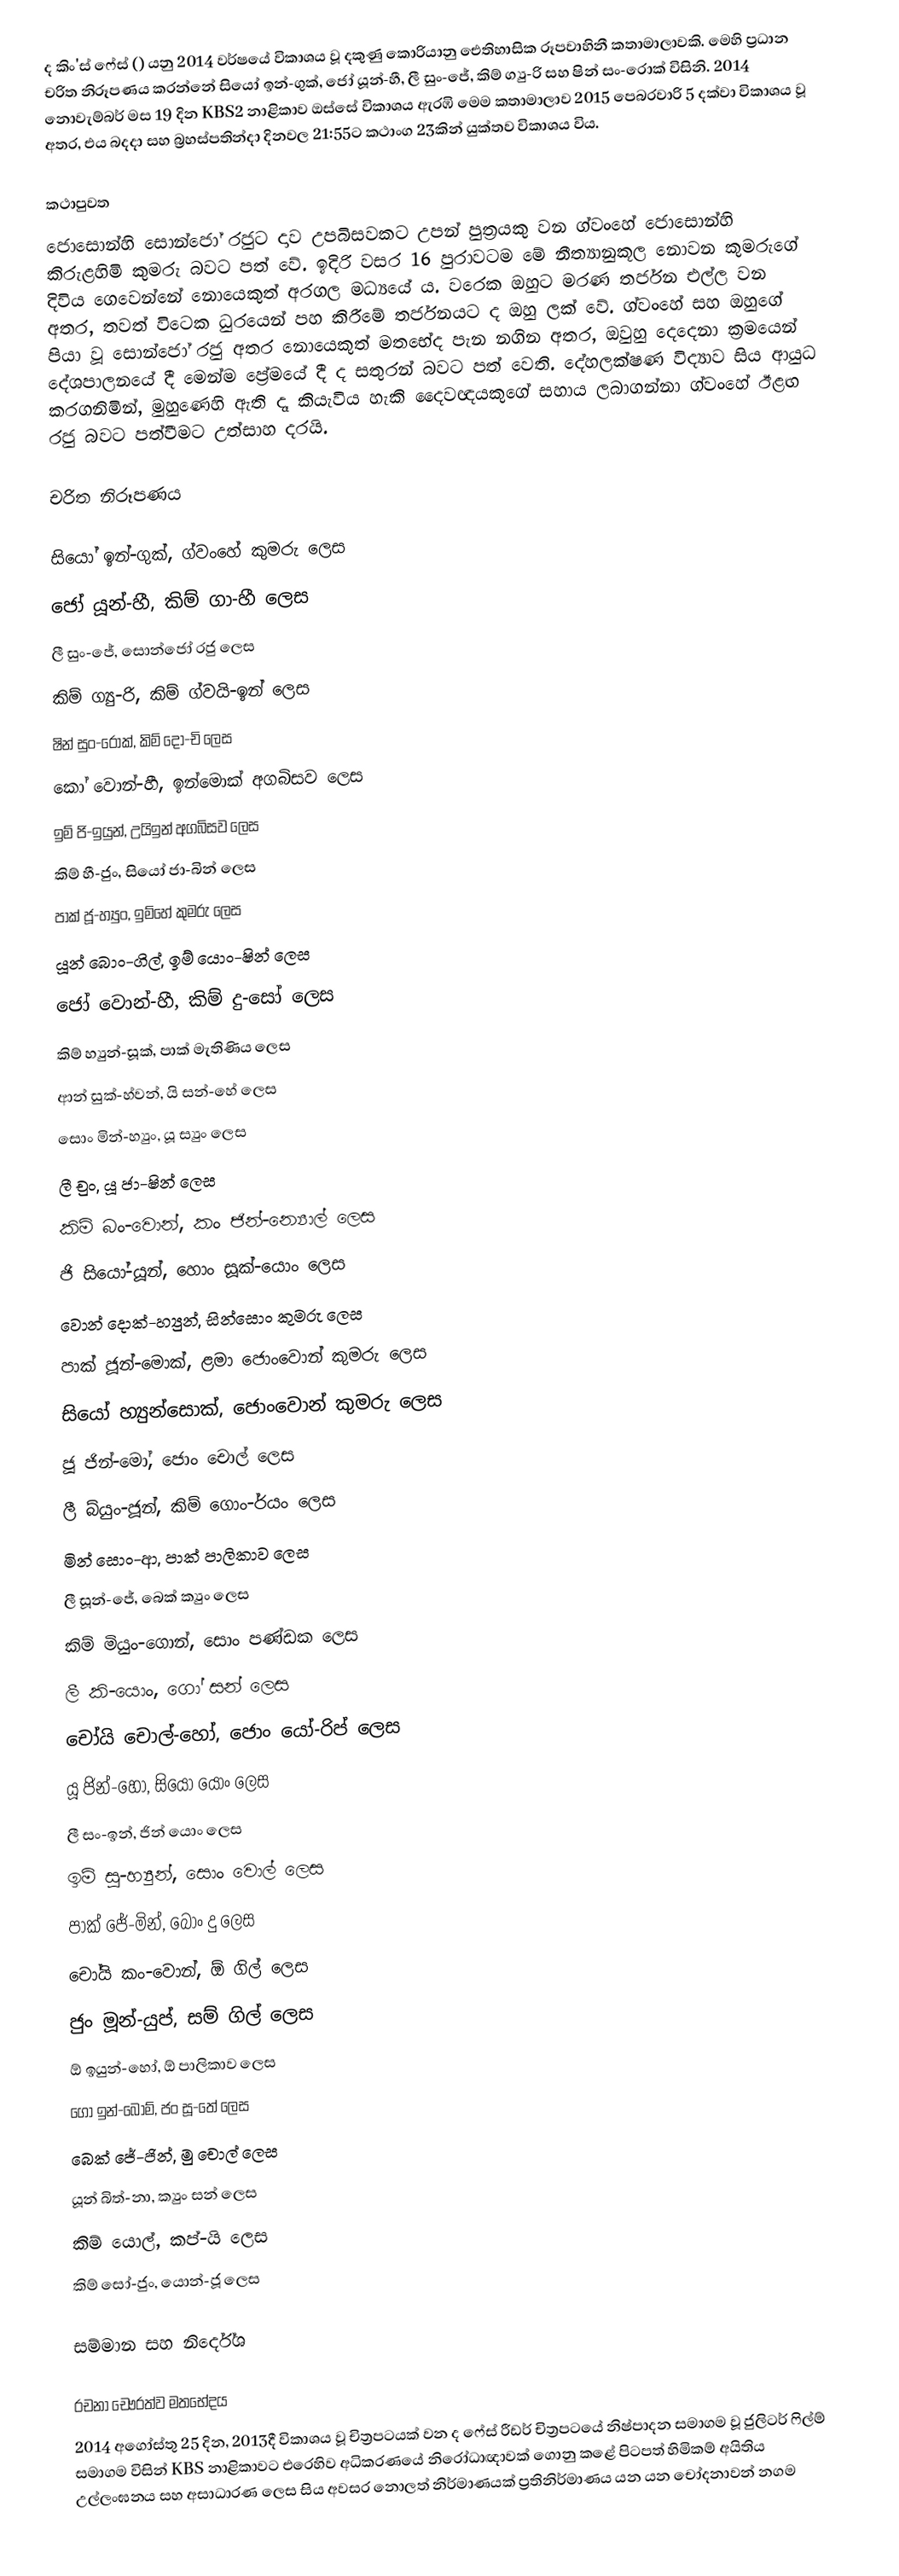
ද කිං'ස් ෆේස් () යනු 2014 වර්ෂයේ විකාශය වූ දකුණු කොරියානු ඓතිහාසික රූපවාහිනී කතාමාලාවකි.‍ මෙහි ප්‍රධාන චරිත නිරූපණය කරන්නේ සියෝ ඉන්-ගුක්, ජෝ යූන්-හී, ලී සුං-ජේ, කිම් ග්‍යු-රි සහ ෂින් සං-රොක් විසිනි. 2014 නොවැම්බර් මස 19 දින KBS2 නාළිකාව ඔස්සේ විකාශය ඇරඹි මෙම කතාමාලාව 2015 පෙබරවාරි 5 දක්වා විකාශය වූ අතර, එය බදදා සහ බ්‍රහස්පතින්දා දිනවල 21:55ට කථාංග 23කින් යුක්තව විකාශය විය.

කථාපුවත
ජොසොන්හි සොන්ජෝ රජුට දාව උපබිසවකට උපන් පුත්‍රයකු වන ග්වංහේ ජොසොන්හි කිරුළහිමි කුමරු බවට පත් වේ. ඉදිරි වසර 16 පුරාවටම මේ නීත්‍යානුකූල නොවන කුමරුගේ දිවිය ගෙවෙන්නේ නොයෙකුත් අරගල මධ්‍යයේ ය. වරෙක ඔහුට මරණ තර්ජන එල්ල වන අතර, තවත් විටෙක ධුරයෙන් පහ කිරීමේ තර්ජනයට ද ඔහු ලක් වේ. ග්වංහේ සහ ඔහුගේ පියා වූ සොන්ජෝ රජු අතර නොයෙකුත් මතභේද පැන නගින අතර, ඔවුහු දෙදෙනා ක්‍රමයෙන් දේශපාලනයේ දී මෙන්ම ප්‍රේමයේ දී ද සතුරන් බවට පත් වෙති. දේහලක්ෂණ විද්‍යාව සිය ආයුධ කරගනිමින්, මුහුණෙහි ඇති දෑ කියැවිය හැකි දෛවඥයකුගේ සහාය ලබාගන්නා ග්වංහේ ඊළඟ රජු බවට පත්වීමට උත්සාහ දරයි.

චරිත නිරූපණය

සියෝ ඉන්-ගුක්, ග්වංහේ කුමරු ලෙස
ජෝ යූන්-හී, කිම් ගා-හී ලෙස
ලී සුං-ජේ, සොන්ජෝ රජු ලෙස
කිම් ග්‍යු-රි, කිම් ග්වයි-ඉන් ලෙස
ෂින් සුං-රොක්, කිම් දෝ-චි ලෙස
කෝ වොන්-හී, ඉන්මොක් අගබිසව ලෙස
ඉම් ජි-ඉයුන්, උයිඉන් අගබිසව ලෙස
කිම් හී-ජුං, සියෝ ජා-බින් ලෙස
පාක් ජූ-හ්‍යුං, ඉම්හේ කුමරු ලෙස
යූන් බොං-ගිල්, ඉම් යොං-ෂින් ලෙස
ජෝ වොන්-හී, කිම් දු-සෝ ලෙස
කිම් හ්‍යුන්-සූක්, පාක් මැතිණිය ලෙස
ආන් සුක්-හ්වන්, යි සන්-හේ ලෙස
සොං මින්-හ්‍යුං, යූ ස්‍යුං ලෙස
ලී චුං, යූ ජා-ෂින් ලෙස
කිම් බං-වොන්, කං ජින්-න්‍යොල් ලෙස
ජි සියෝ-යූන්, හොං සූක්-යොං ලෙස
වොන් දොක්-හ්‍යුන්, සින්සොං කුමරු ලෙස
පාක් ජූන්-මොක්, ළමා ජොංවොන් කුමරු ලෙස
සියෝ හ්‍යුන්සොක්, ජොංවොන් කුමරු ලෙස
ජූ ජින්-මෝ, ජොං චොල් ලෙස
ලී බ්යුං-ජූන්, කිම් ගොං-ර්යං ලෙස
මින් සොං-ආ, පාක් පාලිකාව ලෙස
ලී සූන්-ජේ, බෙක් ක්‍යුං ලෙස
කිම් මියුං-ගොන්, සොං පණ්ඩක ලෙස
ලී කි-යොං, ගෝ සන් ලෙස
චෝයි චොල්-හෝ, ජොං යෝ-රිප් ලෙස
යූ ජින්-හෝ, සියෝ යොං ලෙස
ලී සං-ඉන්, ජින් යොං ලෙස
ඉම් සූ-හ්‍යුන්, සොං වොල් ලෙස
පාක් ජේ-මින්, බොං දු ලෙස
චෝයි කං-වොන්, ඕ ගිල් ලෙස
ජුං මූන්-යුප්, සම් ගිල් ලෙස
ඕ ඉයුන්-හෝ, ඕ පාලිකාව ලෙස
ගෝ ඉන්-බොම්, ජං සූ-තේ ලෙස
බෙක් ජේ-ජින්, මු චොල් ලෙස
යූන් බිත්-නා, ක්‍යුං සන් ලෙස
කිම් යොල්, කප්-යි ලෙස
කිම් සෝ-ජුං, යොන්-ජූ ලෙස

සම්මාන සහ නිර්දේශ

රචනා චෞරත්ව මතභේදය
2014 අගෝස්තු 25 දින, 2013දී විකාශය වූ චිත්‍රපටයක් වන ද ෆේස් රීඩර් චිත්‍රපටයේ නිෂ්පාදන සමාගම වූ ජුලිටර් ෆිල්ම් සමාගම විසින් KBS නාළිකාවට එරෙහිව අධිකරණයේ නිරෝධාඥාවක් ගොනු කළේ පිටපත් හිමිකම් අයිතිය උල්ලංඝනය සහ අසාධාරණ ලෙස සිය අවසර නොලත් නිර්මාණයක් ප්‍රතිනිර්මාණය යන යන චෝදනාවන් නගම